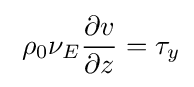
\;\rho _{0}\nu _{E}{\frac {\partial v}{\partial z}}=\tau _{y}